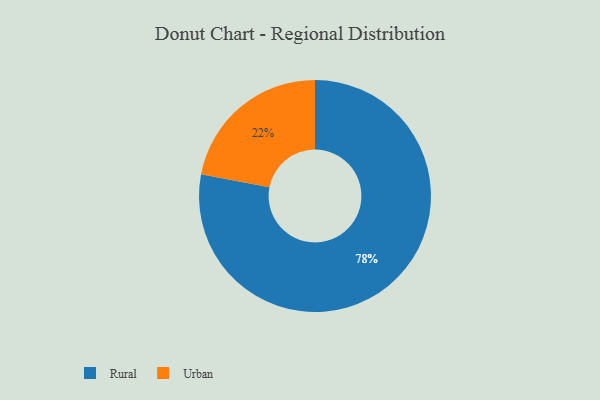
{"axis": {"x": "Category", "y": "Percentage"}, "legend": ["Rural", "Urban"], "data": [{"x": "Urban", "y": 22, "type": "Urban"}, {"x": "Rural", "y": 78, "type": "Rural"}]}